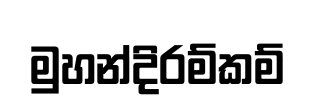
මුහන්දිරම්කම්